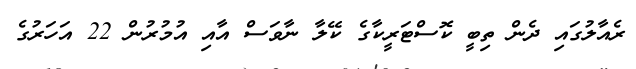
ރެއާލުގައި ދެން ތިބީ ކޮސްޓަަރީކާގެ ކޭލާ ނާވަސް އާއި އުމުރުން 22 އަހަރުގެ